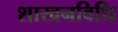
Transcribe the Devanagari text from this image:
शाखनविधि